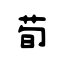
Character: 荀